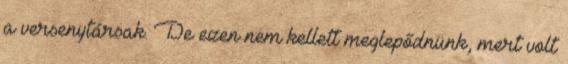
a versenytársak. De ezen nem kellett meglepődnünk, mert volt